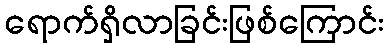
ရောက်ရှိလာခြင်းဖြစ်ကြောင်း